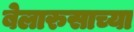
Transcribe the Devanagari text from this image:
बेलारुसाच्या